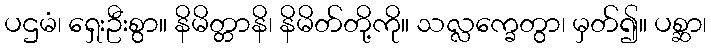
ပဌမံ၊ ရှေးဦးစွာ။ နိမိတ္တာနိ၊ နိမိတ်တို့ကို။ သလ္လက္ခေတွာ၊ မှတ်၍။ ပစ္ဆာ၊